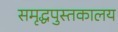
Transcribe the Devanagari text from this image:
समृद्धपुस्तकालय